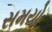
સમયો